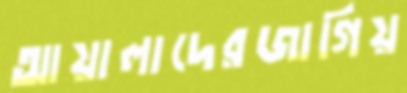
আয়ালাদেরজাগিয়